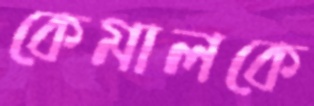
কেমালকে